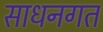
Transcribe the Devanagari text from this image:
साधनगत